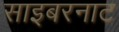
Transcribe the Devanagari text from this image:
साइबरनाट